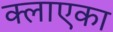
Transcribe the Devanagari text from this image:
क्लाएका